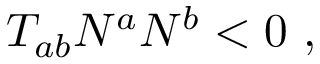
T _ { a b } N ^ { a } N ^ { b } < 0 \ ,